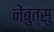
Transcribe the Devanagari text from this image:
नेंबुत्सु